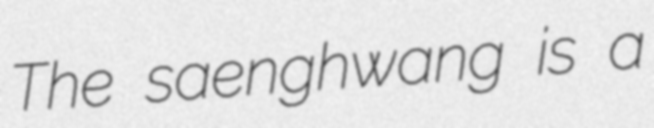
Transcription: The saenghwang is a